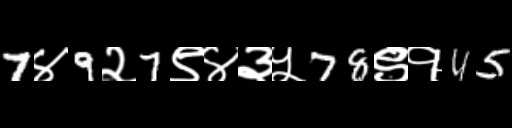
Text: 7४9२7९४३५78९१45